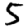
Digit: 5